Reports on military cantonments and civil stations in the Presidency of Bombay inspected by the Sanitary Commissioner in the years 1875 and 1876
Year: 1875
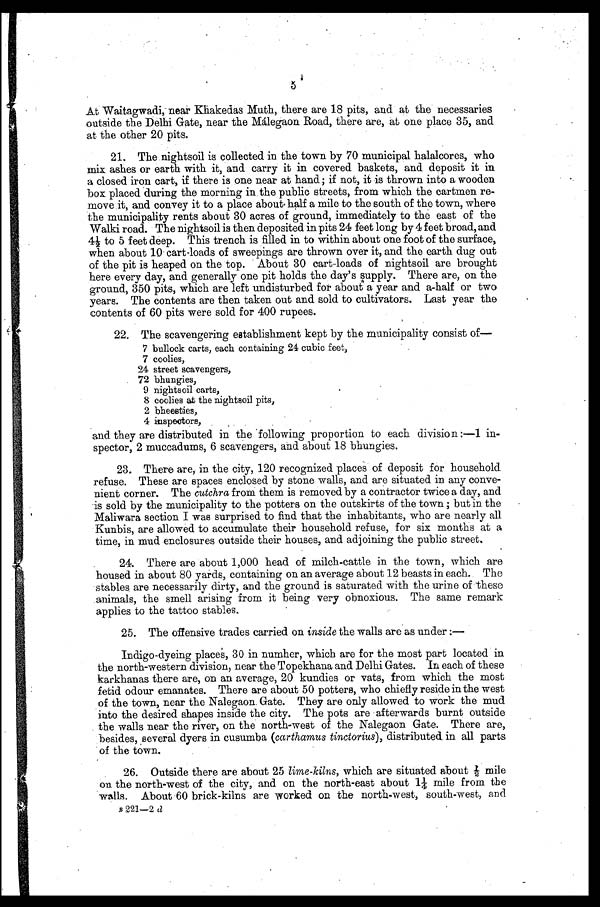
5
At Waitagwadi, near Khakedas Muth, there are 18 pits, and at the necessaries
outside the Delhi Gate, near the Málegaon Road, there are, at one place 35, and
at the other 20 pits.
21. The nightsoil is collected in the town by 70 municipal halalcores, who
mix ashes or earth with it, and carry it in covered baskets, and deposit it in
a closed iron cart, if there is one near at hand; if not, it is thrown into a wooden
box placed during the morning in the public streets, from which the cartmen re
-move it, and convey it to a place about half a mile to the south of the town, where
the municipality rents about 30 acres of ground, immediately to the east of the
Walki road. The nightsoil is then deposited in pits 24 feet long by 4 feet broad, and
4 ½ t o 5 f e e t d e e p . T h i s t r e n c h i s f i l l e d i n t o w i t h i n a b o u t o n e f o o t o f t h e s u r f a c e ,
when about 10 cart-loads of sweepings are thrown over it, and the earth dug out
of the pit is heaped on the top. About 30 cart-loads of nightsoil are brought
here every day, and generally one pit holds the day's supply. There are, on the
ground, 350 pits, which are left undisturbed for about a year and a-half or two
years. The contents are then taken out and sold to cultivators. Last year the
contents of 60 pits were sold for 400 rupees.
22. The scavengering establishment kept by the municipality consist of
—
7 bullock carts, each containing 24 cubic feet,
7 coolies,
24 street scavengers,
72 bhungies,
9 nightsoil carts,
8 coolies at the nightsoil pits,
2 bheesties,
4 inspectors,
and they are distributed in the following proportion to each division:—1 in
-spector, 2 muccadums, 6 scavengers, and about 18 bhungies.
23. There are, in the city, 120 recognized places of deposit for household
refuse. These are spaces enclosed by stone walls, and are situated in any conve
- n i e n t c o r n e r . T h e
c u t c h r a
f r o m t h e m i s r e m o v e d b y a c o n t r a c t o r t w i c e a d a y , a n d
is sold by the municipality to the potters on the outskirts of the town; but in the
Maliwara section I was surprised to find that the inhabitants, who are nearly all
Kunbis, are allowed to accumulate their household refuse, for six months at a
time, in mud enclosures outside their houses, and adjoining the public street.
24. There are about 1,000 head of milch-cattle in the town, which are
housed in about 80 yards, containing on an average about 12 beasts in each. The
stables are necessarily dirty, and the ground is saturated with the urine of these
animals, the smell arising from it being very obnoxious. The same remark
applies to the tattoo stables.
25. The offensive trades carried on inside the walls are as under:—
Indigo-dyeing places, 30 in numher, which are for the most part located in
the north-western division, near the Topekhana and Delhi Gates. In each of these
karkhanas there are, on an average, 20 kundies or vats, from which the most
fetid odour emanates. There are about 50 potters, who chiefly reside in the west
of the town, near the Nalegaon Gate. They are only allowed to work the mud
into the desired shapes inside the city. The pots are afterwards burnt outside
the walls near the river, on the north-west of the Nalegaon Gate. There are,
besides, several dyers in cusumba (carthamus tinctorius), distributed in all parts
of the town.
26. Outside there are about 25 lime-kilns, which are situated about ½ mile
on the north-west of the city, and on the north-east about 1¼ mile from the
walls. About 60 brick-kilns are worked on the north-west, south-west, and
B 2 2 1 — 2
d